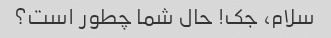
سلام، جک! حال شما چطور است؟